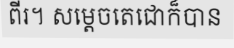
ពីរ។ សម្តេចតេជោក៏បាន